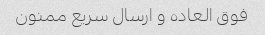
فوق العاده و ارسال سریع ممنون